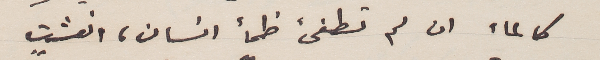
كالماء ان لم تطفىء ظمأ انسان، انعشت